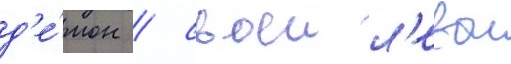
д'е́мон / своеи л'евои